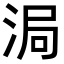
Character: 𬇴